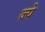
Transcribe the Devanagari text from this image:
ज्ये